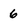
Character: 6